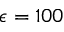
\epsilon = 1 0 0